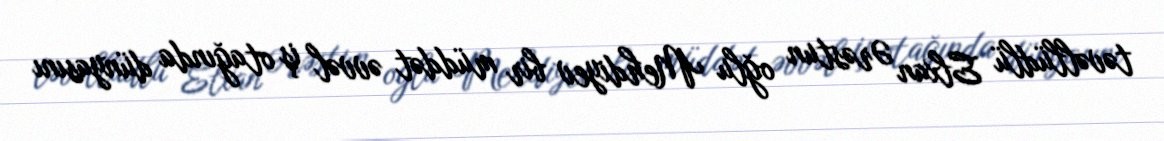
təvəllüdlü Elxan Ərəstun oğlu Mehdiyev bir müddət əvvəl iş otağında dünyasını